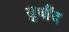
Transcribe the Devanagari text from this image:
सुधींद